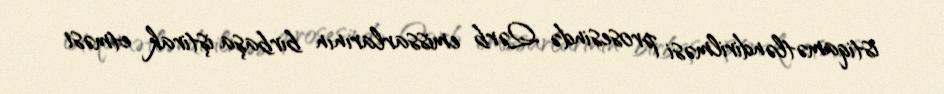
istiqamətləndirilməsi prosesində Qərb emissarlarının birbaşa iştirak etməsi